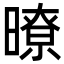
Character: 暸